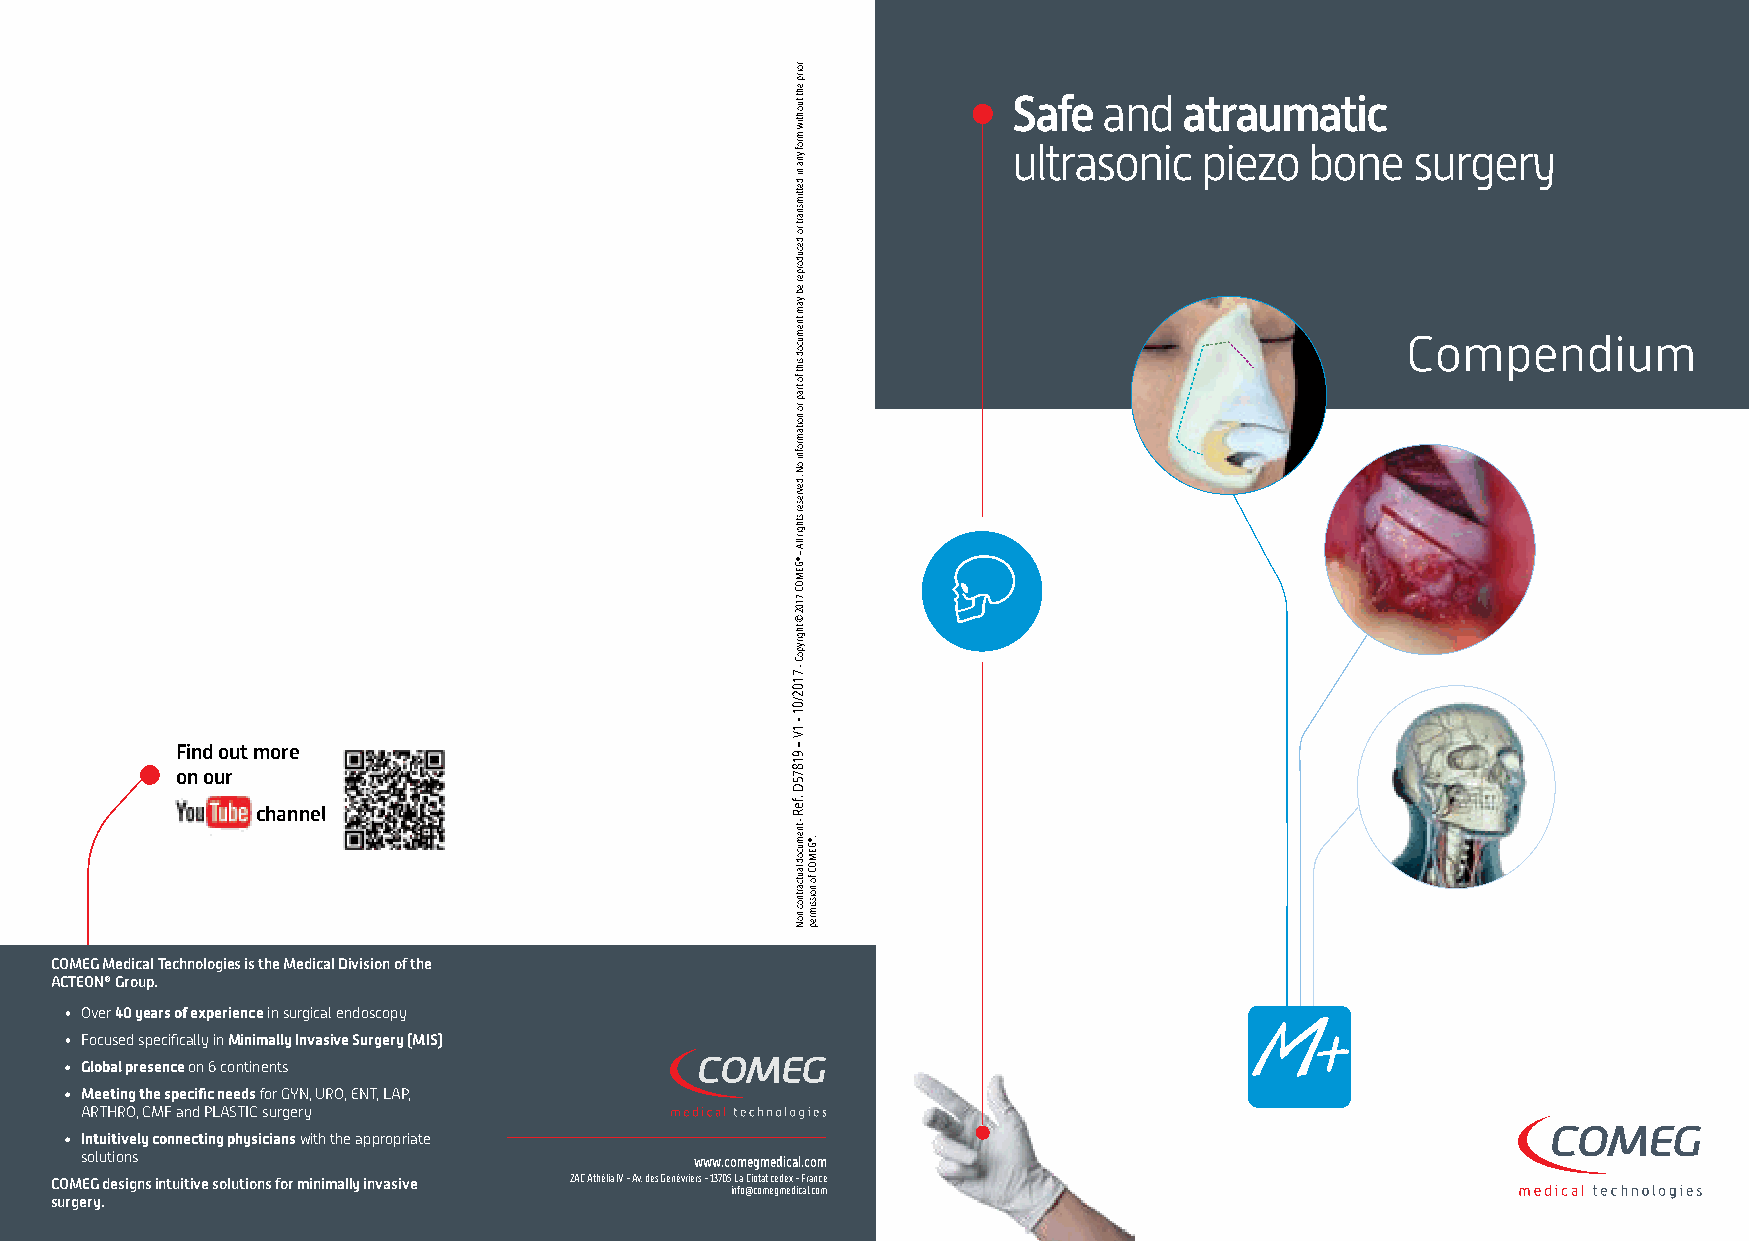
Safe  and   atraumatic
 ultrasonic  piezo   bone   surgery
 Compendium
 Find out more
 on our
 channel
 COMEG Medical Technologies is the Medical Division of the
 ACTEON® Group.
 • Over 40 years of experience in surgical endoscopy
 • Focused specifically in Minimally Invasive Surgery (MIS)
 • Global presence on 6 continents
 • Meeting the specific needs for GYN, URO, ENT, LAP,
 ARTHRO, CMF and PLASTIC surgery
 • Intuitively connecting physicians with the appropriate
 solutions                                www.comegmedical.com
 COMEG designs intuitive solutions for minimally invasive ZAC Athélia IV - Av. des Genévriers - 13705 La Ciotat cedex - France
 info@comegmedical.com
 surgery.
 roirp
 eht
 tuohtiw
 mrof
 yna
 ni
 dettimsnart
 ro
 decudorper
 eb
 yam
 tnemucod
 siht
 fo
 trap
 ro
 noitamrofni
 oN
 .devreser
 sthgir
 llA
 –
 ®GEMOC
 7102
 ©
 thgirypoC
 - 7102/01
 -
 1V
 – 91875D
 .feR
 - tnemucod
 lautcartnoc
 noN
 .®GEMOC
 fo
 noissimrep